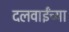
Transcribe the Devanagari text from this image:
दलवाईंच्या